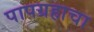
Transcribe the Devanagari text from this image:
पापग्रहाचा